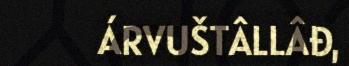
ÁRVUŠTÂLLÂĐ,